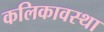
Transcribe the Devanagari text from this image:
कलिकावस्था